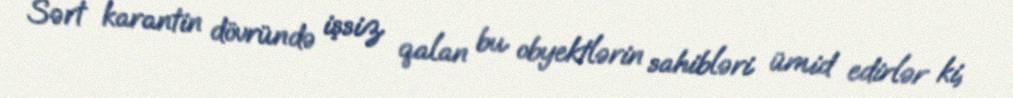
Sərt karantin dövründə işsiz qalan bu obyektlərin sahibləri ümid edirlər ki,